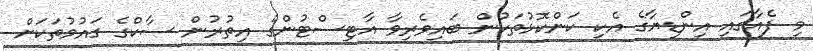
މި ފެއާގައި އިންޑިޔާގެ އެކި ކަންކޮޅުތަކުން ބައިވެރިވާ އާޓިސްޓުންގެ އިތުރުން ސާކްގެ ގައުމުތަކަށް